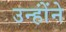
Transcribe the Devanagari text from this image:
उन्होंंने